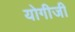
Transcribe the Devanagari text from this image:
योगीजी